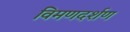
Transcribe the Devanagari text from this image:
विमणदर्शण